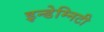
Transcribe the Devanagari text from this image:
इन्डेम्निटी